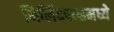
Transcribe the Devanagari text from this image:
मिलिंदपन्हमध्ये